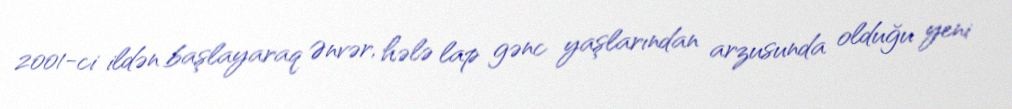
2001-ci ildən başlayaraq Ənvər, hələ lap gənc yaşlarından arzusunda olduğu yeni